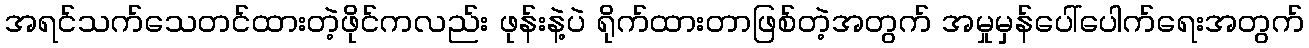
အရင်သက်သေတင်ထားတဲ့ဖိုင်ကလည်း ဖုန်းနဲ့ပဲ ရိုက်ထားတာဖြစ်တဲ့အတွက် အမှုမှန်ပေါ်ပေါက်ရေးအတွက်